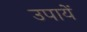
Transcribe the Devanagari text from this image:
उपायें